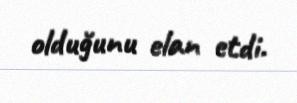
olduğunu elan etdi.